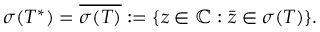
\sigma ( T ^ { * } ) = { \overline { { \sigma ( T ) } } } : = \{ z \in \mathbb { C } : { \bar { z } } \in \sigma ( T ) \} .